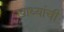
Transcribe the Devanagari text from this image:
खाध्यांची